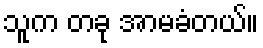
သူက တခု အာမခံတယ်။